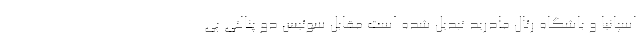
اسپانیا و باشگاه رئال مادرید تبدیل شده است مقابل سوئیس دو پنالتی پی